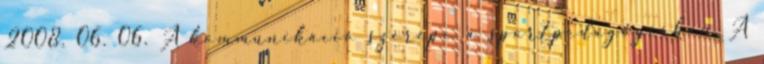
2008. 06. 06. A kommunikáció szerepe a sportpedagógiában A